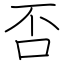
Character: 否